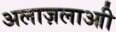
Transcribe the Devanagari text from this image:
अलाज़लाआी